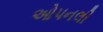
ઓપનલી